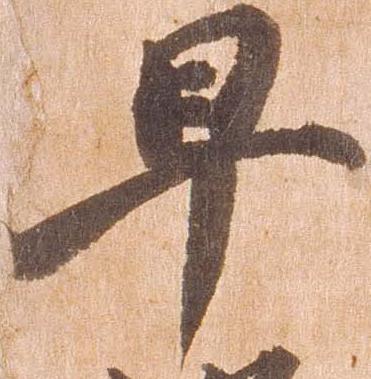
早